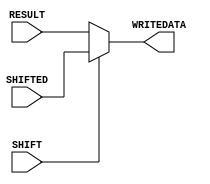
// Computer Architecture (CO224) - Lab 05
// Design: mux_shifter of Simple Processor

module mux_shift(RESULT, SHIFTED, WRITEDATA, SHIFT);//to select which value is sent to the register file to write the data

     //ports declaration 
    input [7:0]RESULT, SHIFTED; //input declaration 
    input SHIFT;          
    output reg[7:0]WRITEDATA; //initialize outputs

    always @ (*)//resting pc when reset is high is done at asynchronously and having 1 time delay
     begin
        if(SHIFT == 1)
     	   WRITEDATA = SHIFTED;//if shift is enable then give the shifte value 
        else
           WRITEDATA = RESULT;//else give the result of the alu
     end
    
endmodule